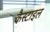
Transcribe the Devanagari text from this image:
कैस्टाइल